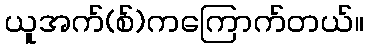
ယူအက်(စ်)ကကြောက်တယ်။